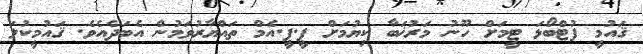
ޤައުމީ ފުޓްބޯޅަ ޓީމަށް ހޫނު މަރުޚަބާ ކިޔުމަށް ޕީ.ޕީ.އެމް ތައްޔާރުވަމުުން އެބަދެއެވެ. ޤައުމީކުލަ